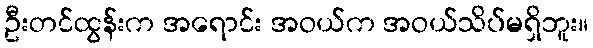
ဦးတင်ထွန်းက အရောင်း အဝယ်က အဝယ်သိပ်မရှိဘူး။